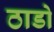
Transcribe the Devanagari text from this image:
ठाडो